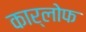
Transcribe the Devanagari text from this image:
कार्लोफ